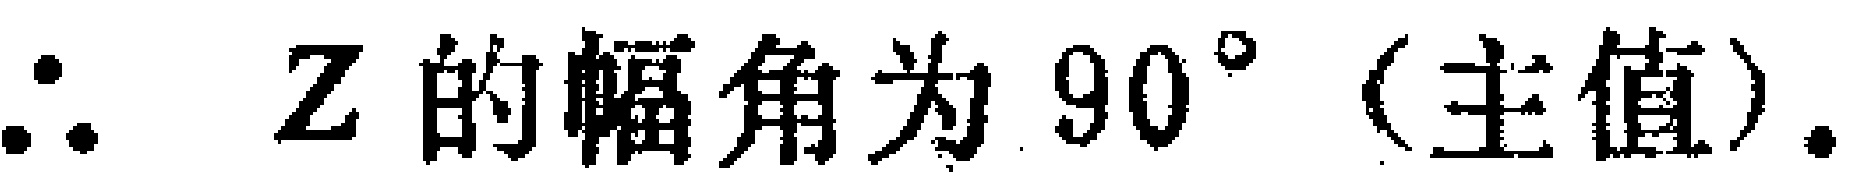
\(\therefore Z\text{ 的幅角为 }90^{\circ}\text{ (主值)}.\)